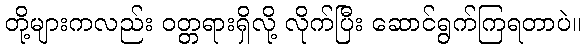
တို့များကလည်း ဝတ္တရားရှိလို့ လိုက်ပြီး ဆောင်ရွက်ကြရတာပဲ။